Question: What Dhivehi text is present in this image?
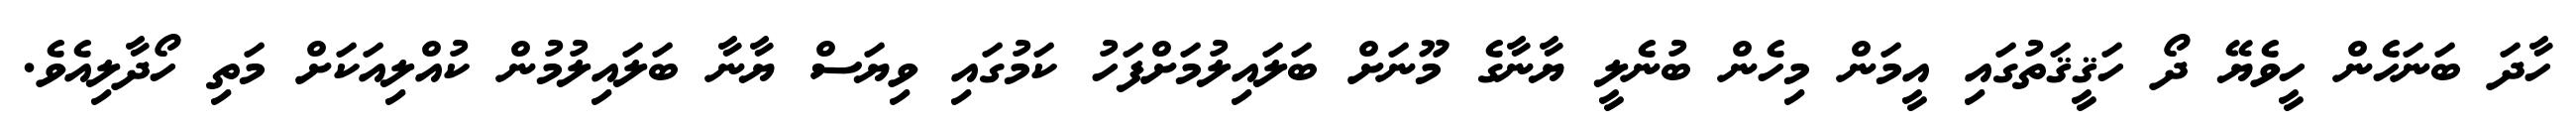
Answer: ހާދަ ބަނަހެން ހީވެޔޭ ދޯ ހަޤީޤަތުގައި އީމަން މިހެން ބުނެލީ ޔާނާގެ މޫނަށް ބަލައިލުމަށްފަހު ކަމުގައި ވިޔަސް ޔާނާ ބަލައިލުމުން ކުއްލިއަކަށް މަތި ހޯދާލިއެވެ.